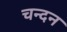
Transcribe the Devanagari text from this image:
चन्‍दन